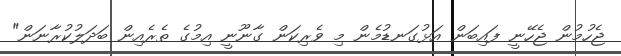
ޖެހުމުން ޖެހޭނީ ފައިބަން އަޅުގަނޑުމެން މި ވެރިކަން ގާނޫނީ އިމުގެ ތެރެއިން ބަދަލުކުރާނަން"